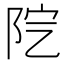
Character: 𨸵